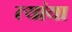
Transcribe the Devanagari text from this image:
त्यांया